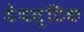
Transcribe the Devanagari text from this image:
डेथस्टिक